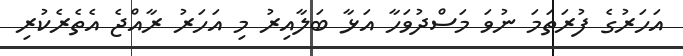
އަހަރުގެ ފުރަތަމަ ނުވަ މަސްދުވަހާ އަޅާ ބަލާއިރު މި އަހަރު ރާއްޖެ އެތެރެކުރި